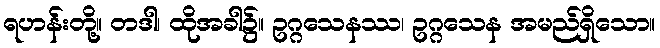
ရဟန်းတို့။ တဒါ၊ ထိုအခါ၌။ ဥဂ္ဂသေနဿ၊ ဥဂ္ဂသေန အမည်ရှိသော။